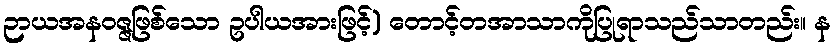
ဉာယအနဝဇ္ဇဖြစ်သော ဥပါယအားဖြင့်) တောင့်တအာသာကိုပြုရာသည်သာတည်း။ န